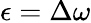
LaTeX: \epsilon=\Delta\omega